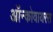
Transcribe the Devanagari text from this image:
ऑन्कोवायरस